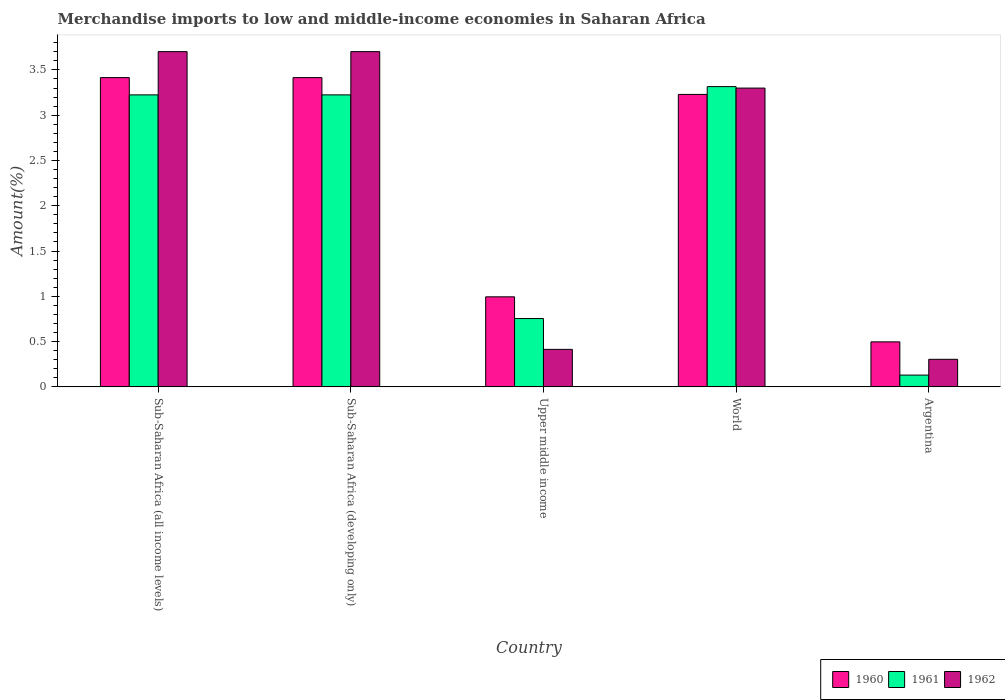
| Country | 1960 | 1961 | 1962 |
 | --- | --- | --- | --- |
 | Sub-Saharan Africa (all income levels) | 3.42 | 3.22 | 3.7 |
 | Sub-Saharan Africa (developing only) | 3.42 | 3.22 | 3.7 |
 | Upper middle income | 0.994 | 0.755 | 0.414 |
 | World | 3.23 | 3.32 | 3.3 |
 | Argentina | 0.497 | 0.13 | 0.304 |